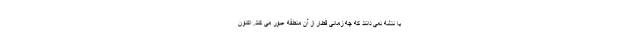
یا نئشه نمی دانند که چه زمانی قطار از آن منطقه عبور می کند. اکنون